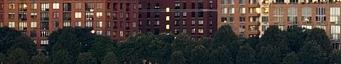
Mint egy gyerek. De elterelve a figyelmem figyelek arra,